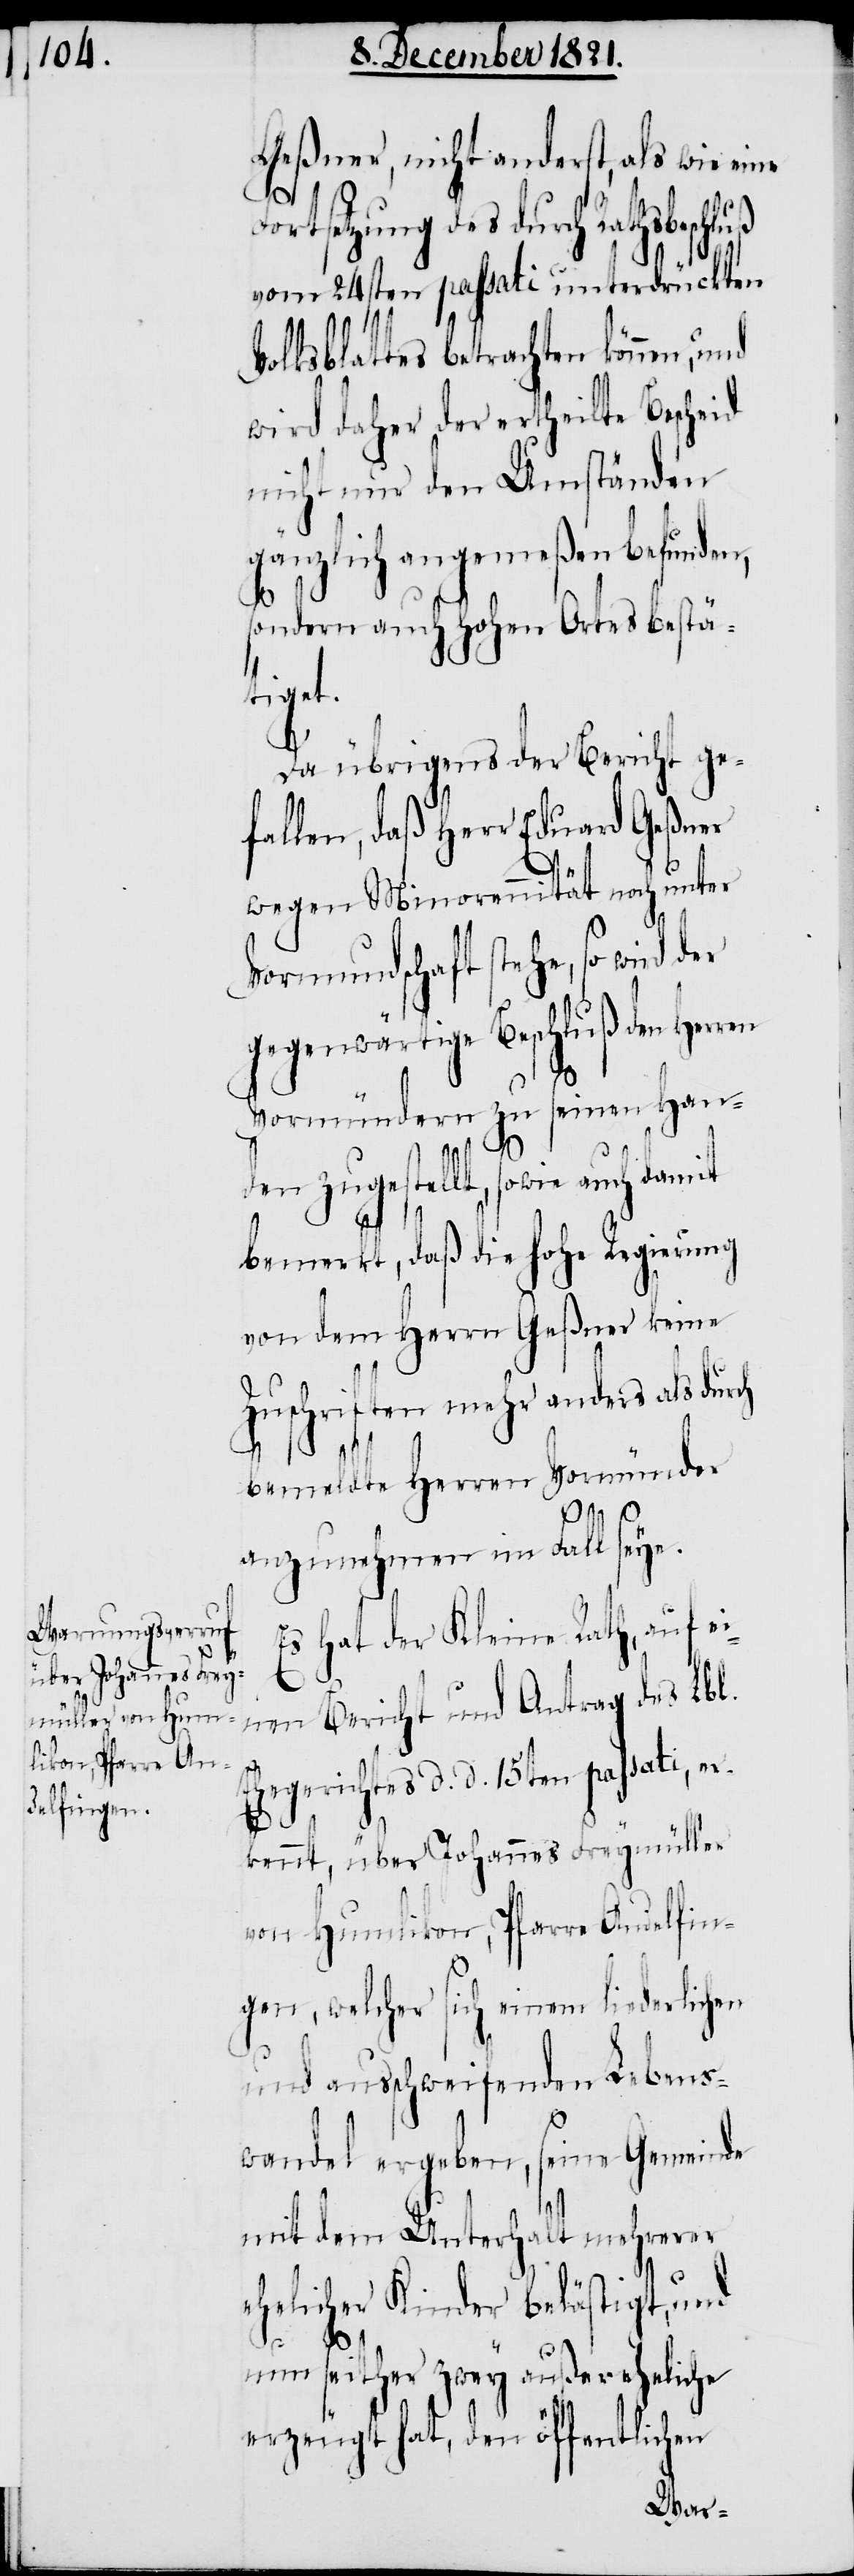
Geßner, nicht anderst, als wie eine
Fortsetzung des durch Rathsbeschl¬
vom 24sten passati unterdrückten
Volksblattes betrachten können, und
wird daher der ertheilte Bescheid
nicht nur den Umständen
gänzlich angemeßen befunden,
sondern auch Hohen Ortes bestät¬
iget.
Da übrigens der Bericht ge¬
fallen, daß Herr Eduard Geßner
wegen Minorennität noch unter
Vormundschaft stehe, so wird
gegenwärtige Beschluß den Herren
Vormündern zu seinen Han¬
den zugestellt, sowie auch damit
bemerkt, daß die hohe Regierung
von dem Herrn Geßner keine
Zuschriften mehr anders als dur¬
bemeldte Herren Vormünder
anzunehmen im Fall seye.
Es hat der Kleine Rath, auf ei¬
nen Bericht und Antrag des Lbl.
Ehegerichtes d. d. 15ten passati, er¬
kennt, über Johannes Freymüller
von Humlikon, Pfarre Andelfin¬
gen, welcher sich einem liederlichen
und ausschweifenden Lebens¬
wandel ergeben, seine Gemeinde
mit dem Unterhalt mehrerer
ch
ehelicher Kinder belästigt, und
nun seither zwey außereheliche
erzeugt hat, den öffentlichen